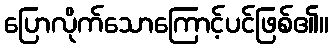
ပြောလိုက်သောကြောင့်ပင်ဖြစ်၏။